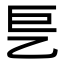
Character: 乬